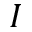
I